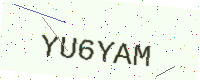
Text: YU6YAM